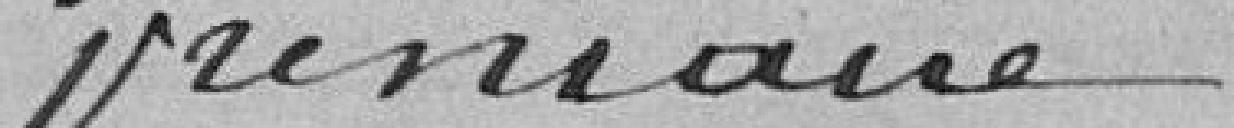
primaire.